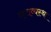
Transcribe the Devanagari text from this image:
राजव्यस्था